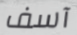
آسف